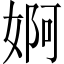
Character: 婀